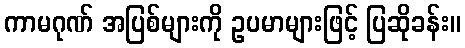
ကာမဂုဏ် အပြစ်များကို ဥပမာများဖြင့် ပြဆိုခန်း။